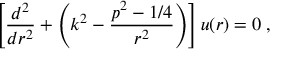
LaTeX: \left[ \frac { d ^ { 2 } } { d r ^ { 2 } } + \left( k ^ { 2 } - \frac { p ^ { 2 } - 1 / 4 } { r ^ { 2 } } \right) \right] u ( r ) = 0 \; ,